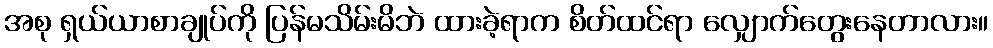
အစု ရှယ်ယာစာချုပ်ကို ပြန်မသိမ်းမိဘဲ ထားခဲ့ရာက စိတ်ထင်ရာ လျှောက်တွေးနေတာလား။